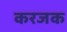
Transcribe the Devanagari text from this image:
करजक